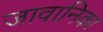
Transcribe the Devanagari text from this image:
जावानिका